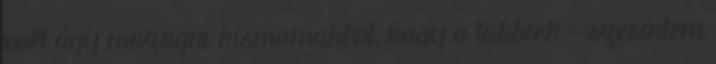
volt úgy mozogni kismamaként, hogy a többiek - szerintem